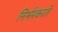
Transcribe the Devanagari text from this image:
निर्भरकरते